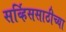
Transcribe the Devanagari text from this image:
सर्व्हिससाठीच्या